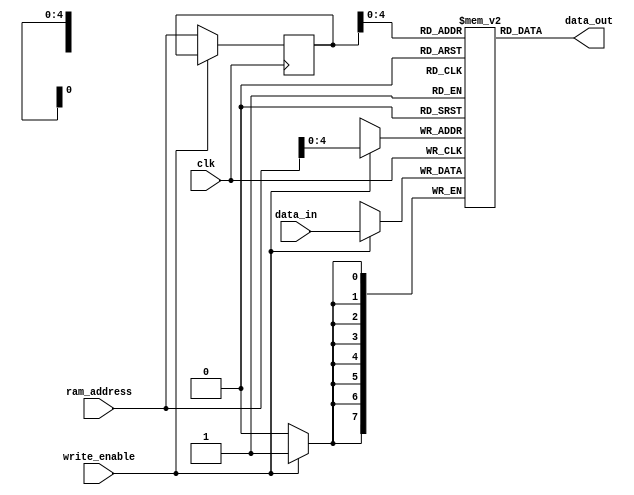
`timescale 1ns / 1ps
module single_port_ram(data_in , ram_address,write_enable,clk,data_out);
input [7:0]data_in;
input [5:0] ram_address;
input write_enable;
input clk;
output [7:0]data_out;

reg [7:0] ram_memory[31:0]; // a 32 byte ( 32*8 bit)  RAM  
reg [5:0] address_register;

always @(posedge clk)
begin
if (write_enable)  // write operation
  ram_memory[ram_address] <= data_in;
else 
  address_register <= ram_address;
end

assign data_out = ram_memory[address_register];

endmodule